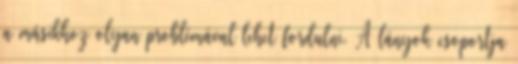
a másikhoz olyan problémával lehet fordulni. A lányok csoportja